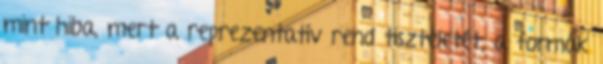
mint hiba, mert a reprezentatív rend tiszteletét, a formák